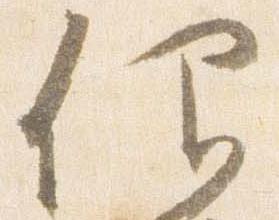
仰